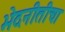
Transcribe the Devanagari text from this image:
भेदनीतीचा